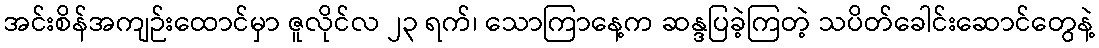
အင်းစိန်အကျဉ်းထောင်မှာ ဇူလိုင်လ ၂၃ ရက်၊ သောကြာနေ့က ဆန္ဒပြခဲ့ကြတဲ့ သပိတ်ခေါင်းဆောင်တွေနဲ့